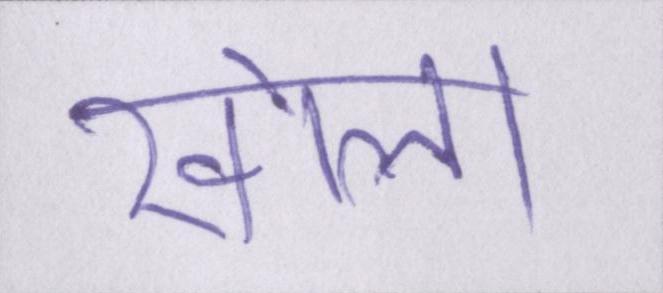
खोला